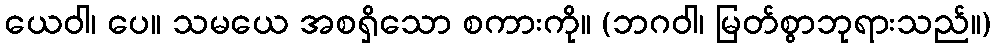
ယေဝါ၊ ပေ။ သမယေ အစရှိသော စကားကို။ (ဘဂဝါ၊ မြတ်စွာဘုရားသည်။)